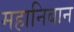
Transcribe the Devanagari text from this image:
महानिबान